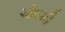
ચૌદમી